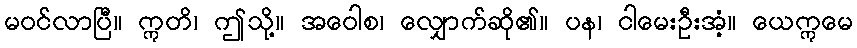
မဝင်လာပြီ။ ဣတိ၊ ဤသို့။ အဝေါစ၊ လျှောက်ဆို၏။ ပန၊ ငါမေးဦးအံ့။ ယေဣမေ